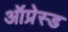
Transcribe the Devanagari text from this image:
ऑप्रेस्ड